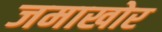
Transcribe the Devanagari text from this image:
जमाखोर